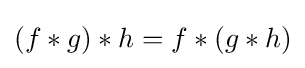
(f*g)*h=f*(g*h)